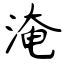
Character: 淹